Annual report of the Imperial Bacteriological Laboratory, Muktesar
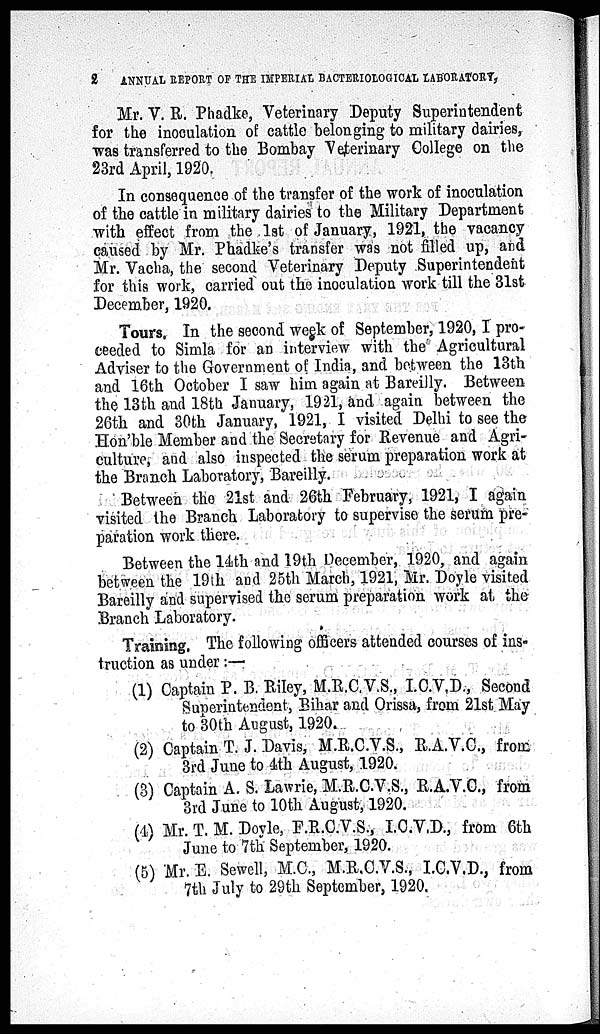
2
ANNUAL REPORT OF THE IMPERIAL BACTERIOLOGICAL LABORATORY,
Mr. V. R. Phadke, Veterinary Deputy Superintendent
for the inoculation of cattle belonging to military dairies,
was transferred to the Bombay Veterinary College on the
23rd April, 1920.
In consequence of the transfer of the work of inoculation
of the cattle in military dairies to the Military Department
with effect from the 1st of January, 1921, the vacancy
caused by Mr. Phadke's transfer was not filled up, and
Mr. Vacha, the second Veterinary Deputy Superintendent
for this work, carried out the inoculation work till the 31st
December, 1920.
Tours. In the second week of September, 1920,I pro-
ceeded to Simla for an interview with the Agricultural
Adviser to the Government of India, and between the 13th
and 16th October I saw him again at Bareilly. Between
the 13th and 18th January, 1921, and again between the
26th and 30th January, 1921, I visited Delhi to see the
Hon'ble Member and the Secretary for Revenue and Agri-
culture, and also inspected the serum preparation work at
the Branch Laboratory, Bareilly.
Between the 21st and 26th February, 1921, I again
visited the Branch Laboratory to supervise the serum pre-
paration work there.
Between the 14th and 19th December, 1920, and again
between the 19th and 25th March, 1921, Mr. Doyle visited
Bareilly and supervised the serum preparation work at the
Branch Laboratory.
Training. The following officers attended courses of ins-
truction as under :—
(1) Captain P. B. Riley, M.R.C.V.S., I.C.V,D., Second
Superintendent, Bihar and Orissa, from 21st May
to 30th August, 1920.
(2) Captain T. J. Davis, M.R.C.V.S., R.A.V.C., from
3rd June to 4th August, 1920.
(3) Captain A. S. Lawrie, M.R.C.V.S., R.A.V.C., from
3rd June to 10th August, 1920.
(4) Mr. T. M. Doyle, F.R.C.V.S., I.C.V.D., from 6th
June to 7th September, 1920.
(5) Mr. E. Sewell, M.C., M.R.C.V.S., I.C.V.D., from
7th July to 29th September, 1920.